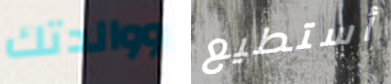
ووالدتك أستطيع